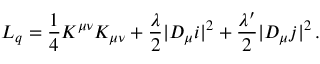
{ \cal L } _ { \sc q } = \frac { 1 } { 4 } K ^ { \mu \nu } K _ { \mu \nu } + \frac { \lambda } { 2 } | D _ { \mu } i | ^ { 2 } + \frac { \lambda ^ { \prime } } { 2 } | D _ { \mu } j | ^ { 2 } \, .